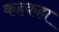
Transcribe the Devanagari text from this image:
कहकहा